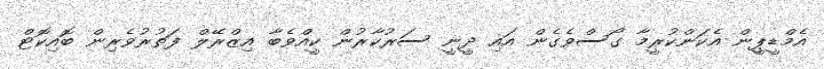
އެމްޑީޕީން އެކަންކުރީމާ ގޯސްވެގެން އައި ދީނީ ސަރުކާރުން ކީއްވެބާ އިޒްރޭލް ފަތުރުވެރިން ބޮއިކޮޓް